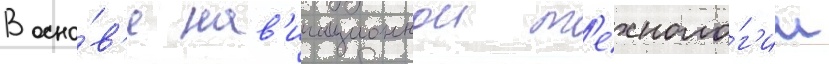
В осно́в'е нав'игационнои т'ехноло́г'ии